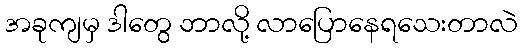
အခုကျမှ ဒါတွေ ဘာလို့ လာပြောနေရသေးတာလဲ